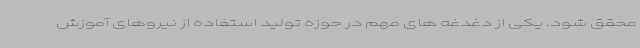
محقق شود. یکی از دغدغه های مهم در حوزه تولید استفاده از نیروهای آموزش